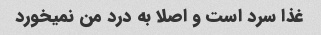
غذا سرد است و اصلا به درد من نمیخورد